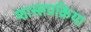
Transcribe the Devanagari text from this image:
शास्त्रप्रक्रिया